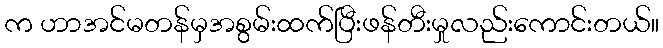
က ဟာအင်မတန်မှအစွမ်းထက်ပြီးဖန်တီးမှုလည်းကောင်းတယ်။